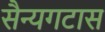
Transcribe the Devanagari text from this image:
सैन्यगटास